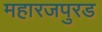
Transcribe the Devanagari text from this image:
महारजपुरड